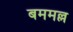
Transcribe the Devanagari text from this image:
बममल्ल